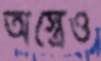
অস্ত্রেও